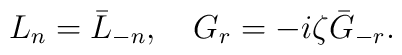
L_n=\bar{L}_{-n},~~~  G_r=-i\zeta\bar{G}_{-r}.